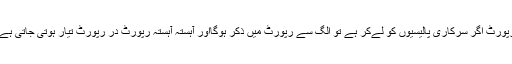
رپورٹ اگر سرکاری پالیسیوں کو لےکر ہے تو الگ سے رپورٹ میں ذکر ہوگااور آہستہ آہستہ رپورٹ در رپورٹ تیار ہوتی جاتی ہے۔